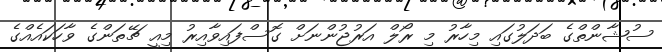
ސުޝާންތްގެ ބަދަލުގައި މިހާރު މި ރޯލް އަރުޖުންނަށް ގޮސްފައިވާއިރު މިއީ ޗޭތަންގެ ވާހަކައެއްގެ